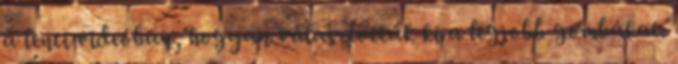
a lenti videóban, hogyan választották ki a legjobb gombákat.